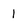
Character: 1